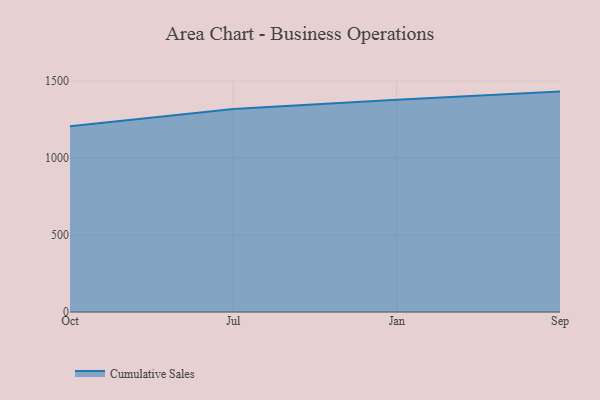
{"axis": {"x": "Month", "y": "Production Output"}, "legend": ["Cumulative Sales"], "data": [{"x": "Oct", "y": 1205.6, "type": "Cumulative Sales"}, {"x": "Jul", "y": 1318.7, "type": "Cumulative Sales"}, {"x": "Jan", "y": 1378.3, "type": "Cumulative Sales"}, {"x": "Sep", "y": 1431.4, "type": "Cumulative Sales"}]}